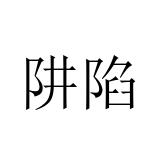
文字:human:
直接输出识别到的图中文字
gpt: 阱陷